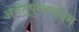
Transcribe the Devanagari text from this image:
अनंतपुरवर्णनम्